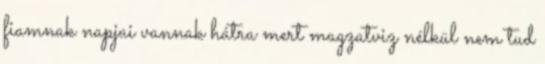
fiamnak napjai vannak hátra mert magzatviz nélkül nem tud